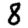
Digit: 8